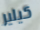
كيلير